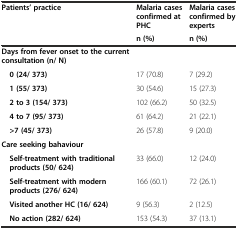
<table><thead><tr><td rowspan="2"><b>Patients’ practice</b></td><td><b>Malaria cases confirmed at PHC</b></td><td><b>Malaria cases confirmed by experts</b></td></tr><tr><td><b>n (%)</b></td><td><b>n (%)</b></td></tr></thead><tbody><tr><td><b>Days from fever onset to the current consultation (n/ N)</b></td><td></td><td></td></tr><tr><td> <b>0 (24/ 373)</b></td><td>17 (70.8)</td><td>7 (29.2)</td></tr><tr><td> <b>1 (55/ 373)</b></td><td>30 (54.6)</td><td>15 (27.3)</td></tr><tr><td> <b>2 to 3 (154/ 373)</b></td><td>102 (66.2)</td><td>50 (32.5)</td></tr><tr><td> <b>4 to 7 (95/ 373)</b></td><td>61 (64.2)</td><td>21 (22.1)</td></tr><tr><td> <b>&gt;7 (45/ 373)</b></td><td>26 (57.8)</td><td>9 (20.0)</td></tr><tr><td><b>Care seeking bahaviour</b></td><td></td><td></td></tr><tr><td> <b>Self-treatment with traditional products (50/ 624)</b></td><td>33 (66.0)</td><td>12 (24.0)</td></tr><tr><td> <b>Self-treatment with modern products (276/ 624)</b></td><td>166 (60.1)</td><td>72 (26.1)</td></tr><tr><td> <b>Visited another HC (16/ 624)</b></td><td>9 (56.3)</td><td>2 (12.5)</td></tr><tr><td> <b>No action (282/ 624)</b></td><td>153 (54.3)</td><td>37 (13.1)</td></tr></tbody></table>